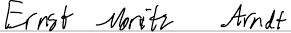
Ernst Moritz Arndt